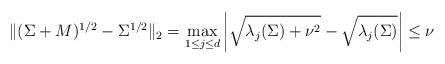
LaTeX: \begin{align*} \|(\Sigma +M)^{1/2}- \Sigma^{1/2}\|_2 &= \max_{1 \leq j \leq d} \left| \sqrt{\lambda_j(\Sigma) + \nu^2} - \sqrt{\lambda_j(\Sigma)} \right| \leq \nu\end{align*}